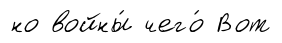
но войны́ чего́ Вот